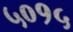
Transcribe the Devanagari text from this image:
५०१५